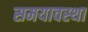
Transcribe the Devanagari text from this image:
समयावस्था